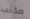
مذنب